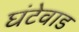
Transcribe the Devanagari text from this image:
घंटेवाड